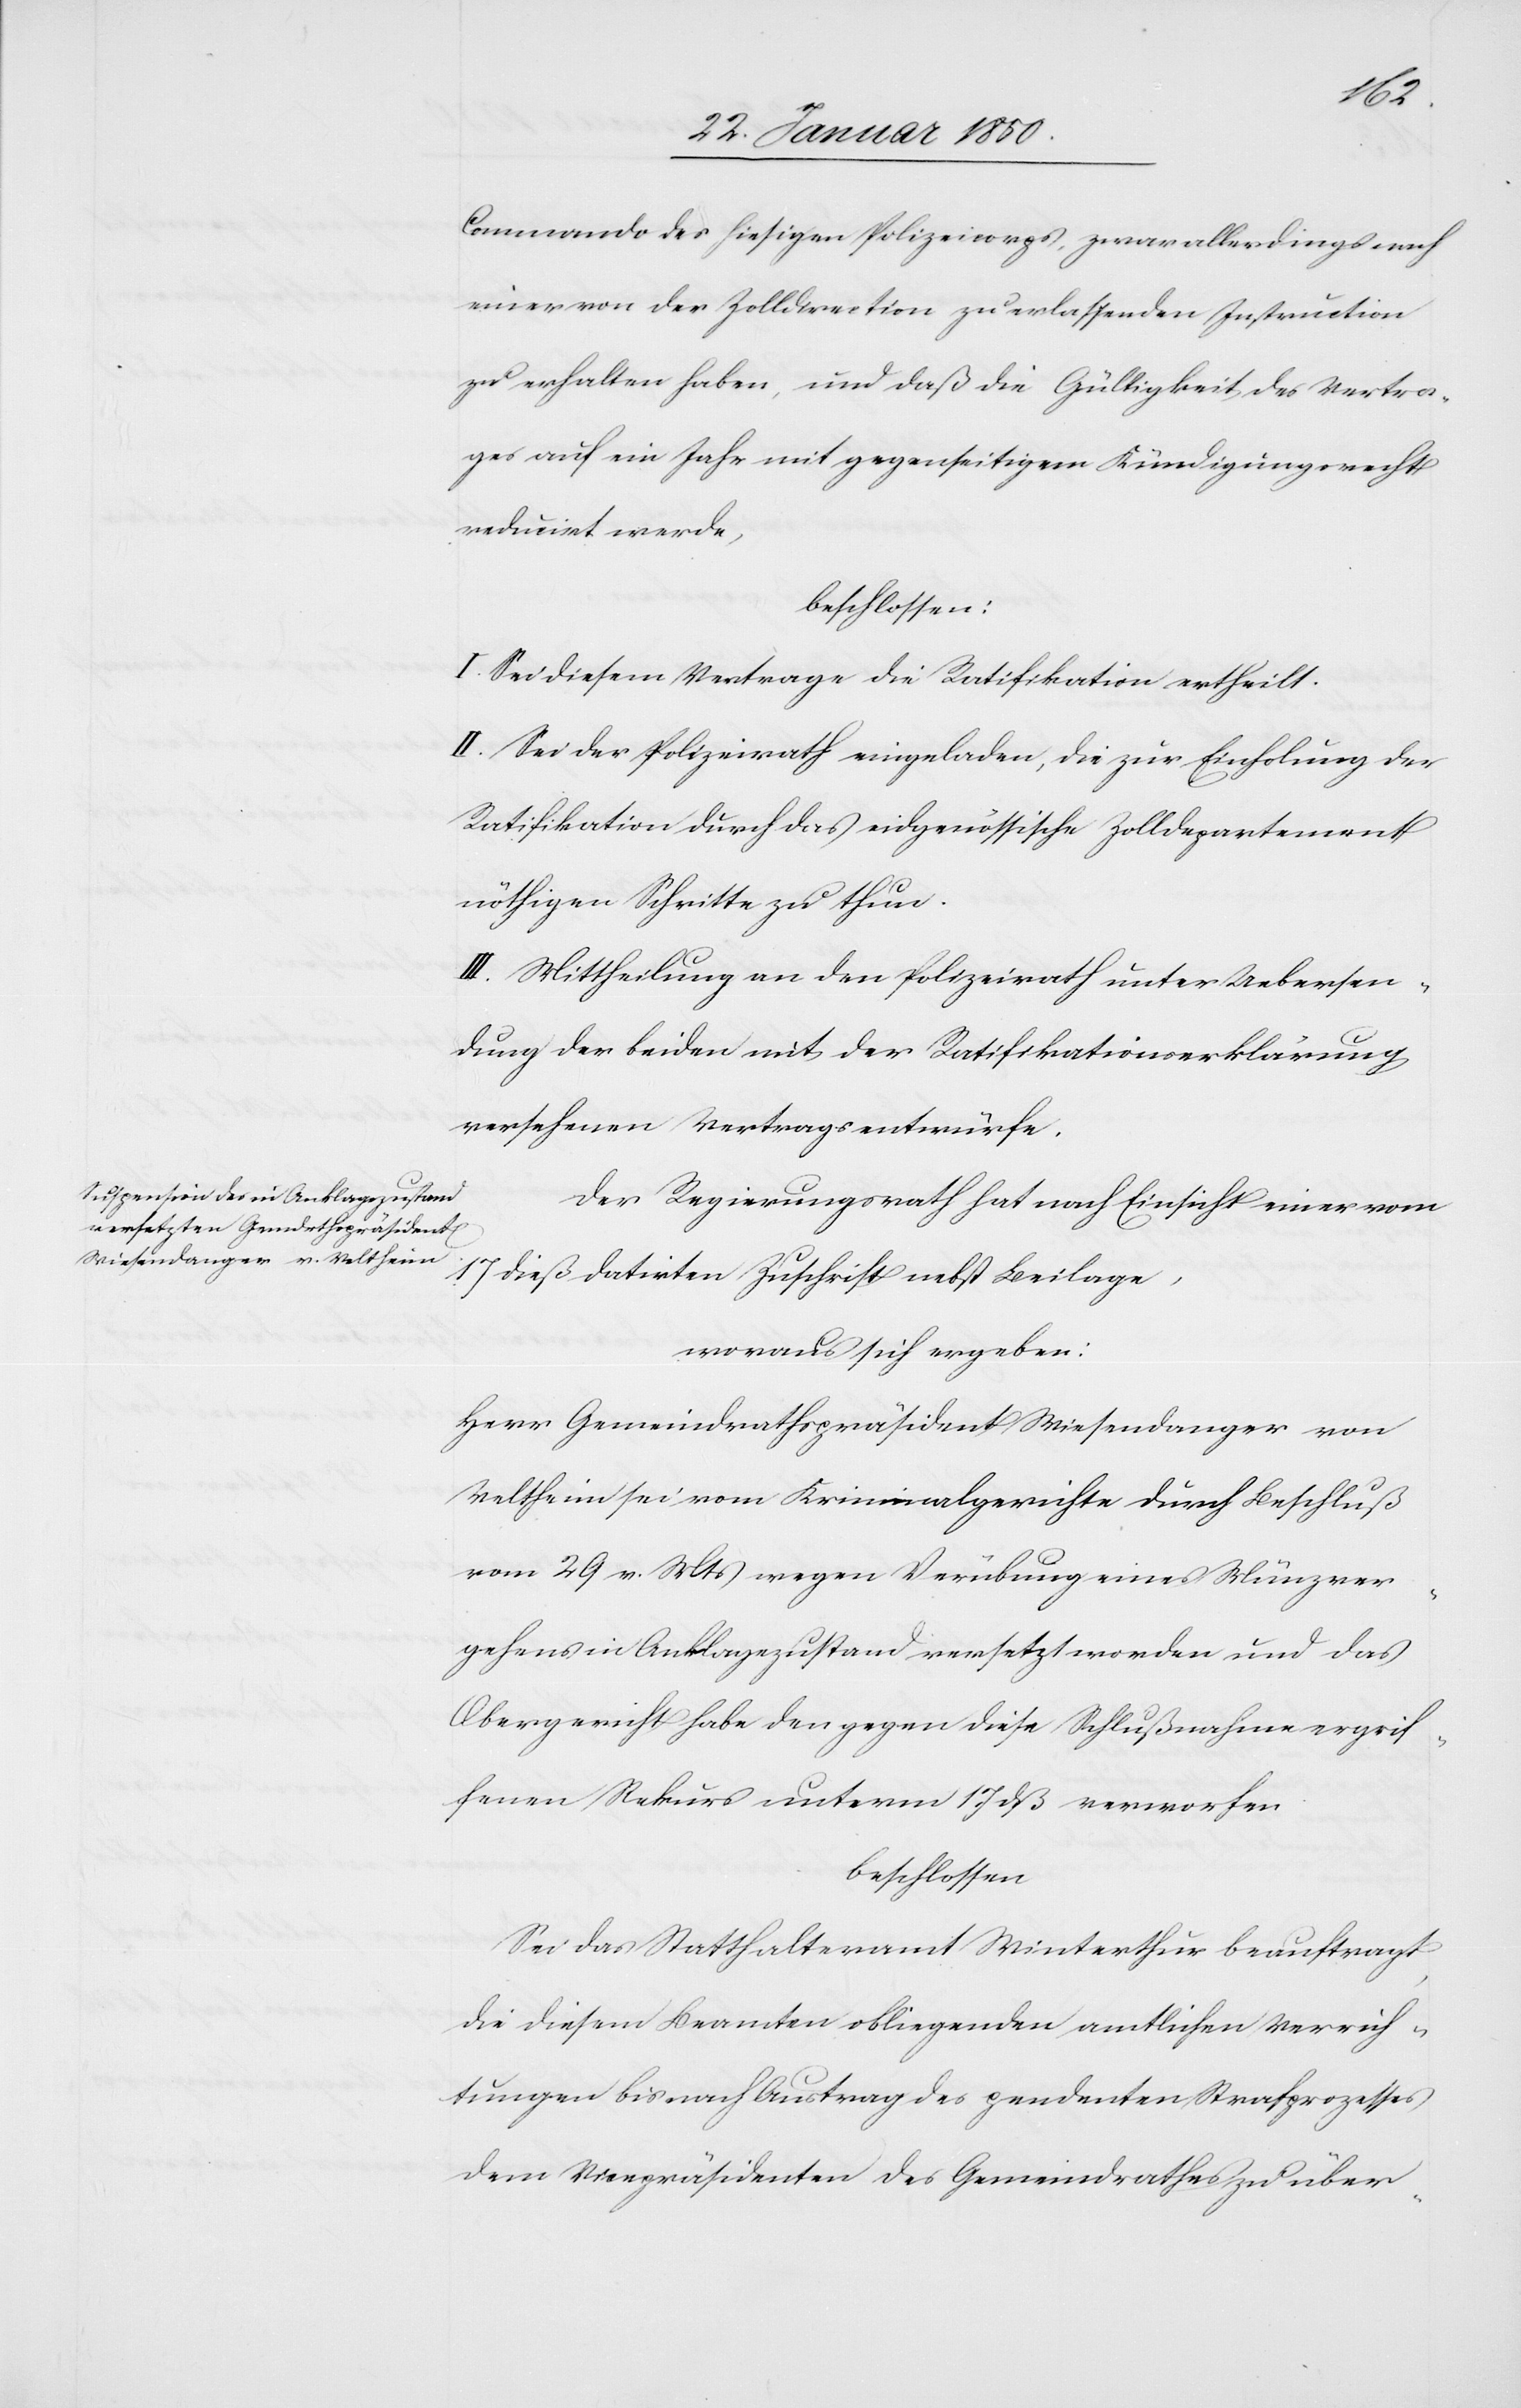
Commando des hiesigen Polizeicorps, zwar allerdings nach
einer von der Zolldirection zu erlassenden Instruction
zu erhalten haben, und daß die Gültigkeit des Vertra¬
ges auf ein Jahr mit gegenseitigem Kündigungsrecht
reducirt werde,
beschlossen:
I. Sei diesem Vertrage die Ratifikation ertheilt.
II. Sei der Polizeirath eingeladen, die zur Einholung der
Ratifikation durch das eidgenössische Zolldepartement
nöthigen Schritte zu thun.
III. Mittheilung an den Polizeirath unter Uebersen¬
dung der beiden mit der Ratifikationserklärung
versehenen Vertragsentwürfe.
Der Regierungsrath hat nach Einsicht einer vom
17 dieß datirten Zuschrift nebst Beilage,
woraus sich ergeben:
Herr Gemeindrathspräsident Wiesendanger von
Veltheim sei vom Kriminalgerichte durch Beschluß
vom 29 v. Mts wegen Verübung eines Münzver¬
gehens in Anklagezustand versetzt worden und das
Obergericht habe den gegen diese Schlußnahme ergrif¬
fenen Rekurs unterm 17 dß verworfen
beschlossen
Sei das Statthalteramt Winterthur beauftragt
die diesem Beamten obliegenden amtlichen Verrich¬
tungen bis nach Austrag des pendenten Strafprozesses
dem Vicepräsidenten des Gemeindrathes zu über-